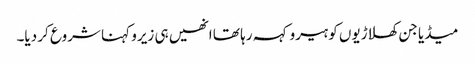
میڈیا جن کھلاڑیوں کو ہیرو کہہ رہا تھا انھیں ہی زیرو کہنا شروع کر دیا۔